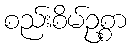
စည်းစိမ်ဥစ္စာ